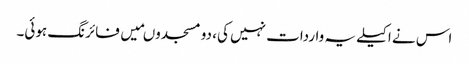
اس نے اکیلے یہ واردات نہیں کی، دو مسجدوںمیں فائرنگ ہوئی۔